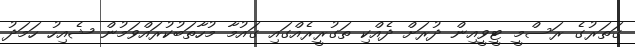
ގަތަރުގެ ރަސްމީ ޓީވީއިން ދުރަށް ދެއްކި ތަގުރީރެއްގައި ގައުމާ މުހާތަބުކުރައްވަމުން ޝެއިހު ހަމަދު